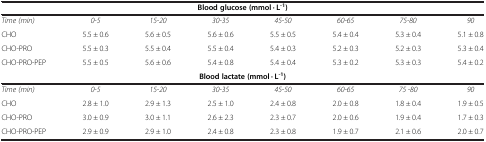
| <COLSPAN=8> Blood glucose (mmol · L-1) |
 | --- | --- | --- | --- | --- | --- | --- | --- |
 | Time (min) | 0-5 | 15-20 | 30-35 | 45-50 | 60-65 | 75-80 | 90 |
 | CHO | 5.5 ± 0.6 | 5.6 ± 0.5 | 5.6 ± 0.6 | 5.5 ± 0.5 | 5.4 ± 0.4 | 5.3 ± 0.4 | 5.1 ± 0.8 |
 | CHO-PRO | 5.5 ± 0.3 | 5.5 ± 0.4 | 5.5 ± 0.4 | 5.4 ± 0.3 | 5.2 ± 0.3 | 5.2 ± 0.3 | 5.3 ± 0.4 |
 | CHO-PRO-PEP | 5.5 ± 0.5 | 5.6 ± 0.6 | 5.4 ± 0.8 | 5.4 ± 0.4 | 5.3 ± 0.2 | 5.3 ± 0.3 | 5.4 ± 0.2 |
 | <COLSPAN=8> Blood lactate (mmol · L-1) |
 | Time (min) | 0-5 | 15-20 | 30-35 | 45-50 | 60-65 | 75 -80 | 90 |
 | CHO | 2.8 ± 1.0 | 2.9 ± 1.3 | 2.5 ± 1.0 | 2.4 ± 0.8 | 2.0 ± 0.8 | 1.8 ± 0.4 | 1.9 ± 0.5 |
 | CHO-PRO | 3.0 ± 0.9 | 3.0 ± 1.1 | 2.6 ± 2.3 | 2.3 ± 0.7 | 2.0 ± 0.6 | 1.9 ± 0.4 | 1.7 ± 0.3 |
 | CHO-PRO-PEP | 2.9 ± 0.9 | 2.9 ± 1.0 | 2.4 ± 0.8 | 2.3 ± 0.8 | 1.9 ± 0.7 | 2.1 ± 0.6 | 2.0 ± 0.7 |